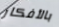
بالأفكار